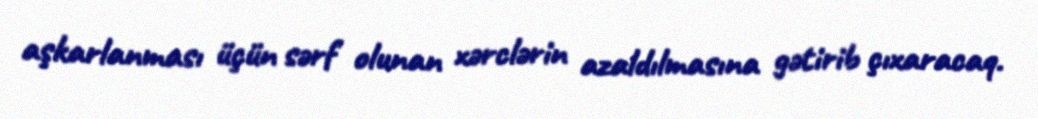
aşkarlanması üçün sərf olunan xərclərin azaldılmasına gətirib çıxaracaq.